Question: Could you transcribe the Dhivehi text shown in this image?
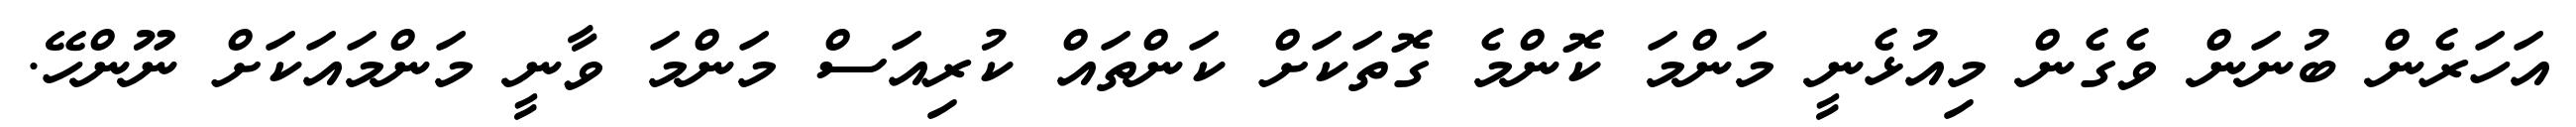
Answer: އަހަރެން ބުނަން ވެގެން މިއުޅެނީ މަންމަ ކޮންމެ ގޮތަކަށް ކަންތައް ކުރިއަސް މަންމަ ވާނީ މަންމައަކަށް ނޫންހޭ.